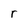
Character: r